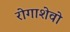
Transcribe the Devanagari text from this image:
रोगाशेवो